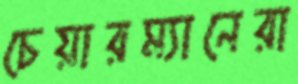
চেয়ারম্যানেরা